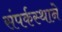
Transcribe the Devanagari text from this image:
संपर्कस्थाने